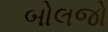
બોલજો